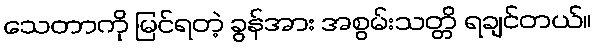
သေတာကို မြင်ရတဲ့ ခွန်အား အစွမ်းသတ္တိ ရချင်တယ်။